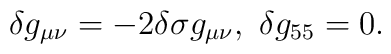
\delta g_{\mu\nu}=-2\delta\sigma g_{\mu\nu},~\delta g_{55}=0 .